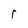
Character: r